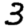
Digit: 3